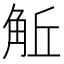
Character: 𧣜